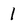
Character: 1